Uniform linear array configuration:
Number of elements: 32
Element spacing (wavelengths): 0.5
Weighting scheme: blackman
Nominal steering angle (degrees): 0
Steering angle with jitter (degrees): -0.0921
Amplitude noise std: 0.05
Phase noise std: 0.05

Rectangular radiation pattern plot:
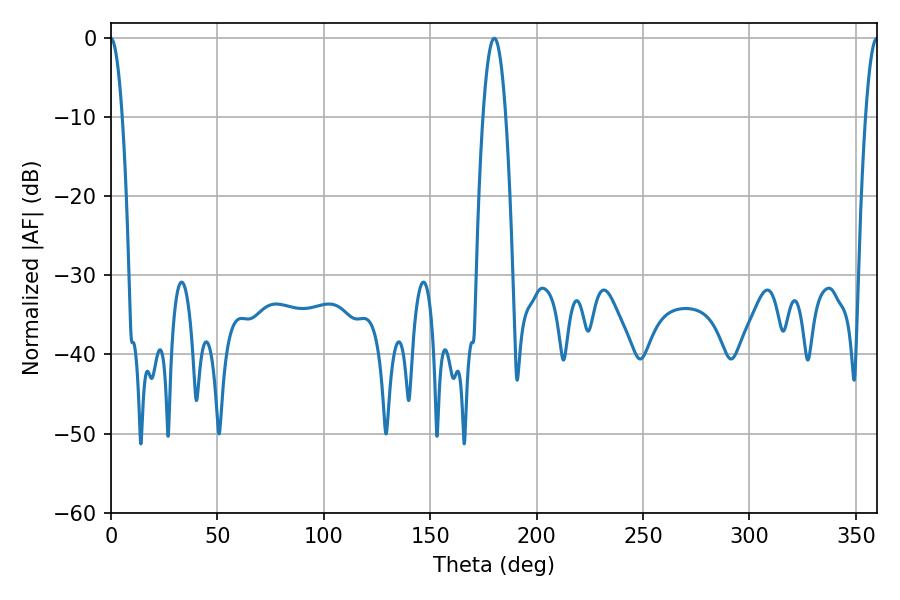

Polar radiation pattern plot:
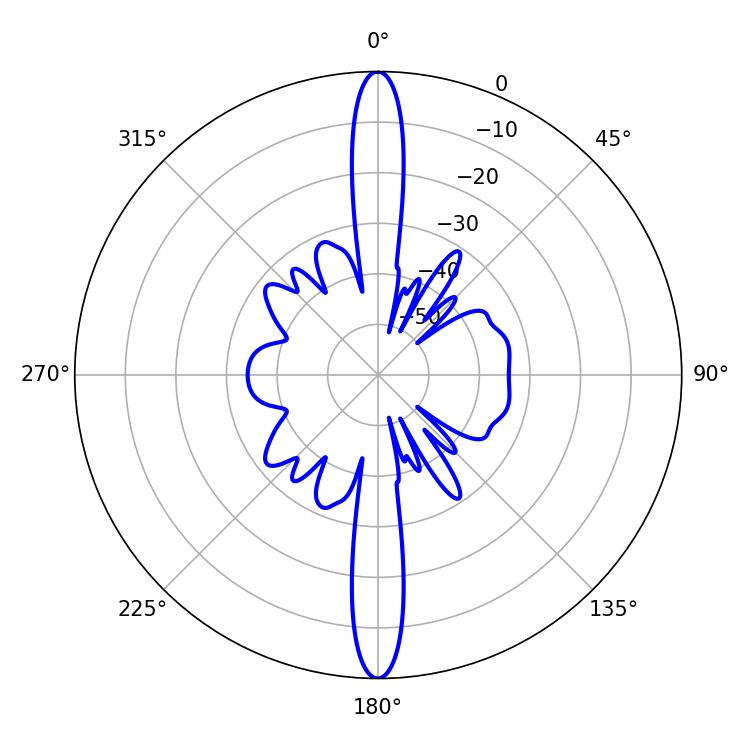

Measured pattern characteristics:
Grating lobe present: FALSE
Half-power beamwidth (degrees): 5.94
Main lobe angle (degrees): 180.18